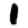
Digit: 1